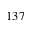
1 3 7